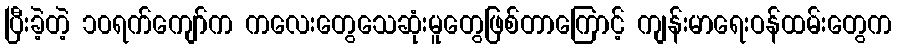
ပြီးခဲ့တဲ့ ၁၀ရက်ကျော်က ကလေးတွေသေဆုံးမူတွေဖြစ်တာကြောင့် ကျန်းမာရေးဝန်ထမ်းတွေက